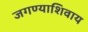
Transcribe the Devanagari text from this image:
जगण्याशिवाय